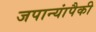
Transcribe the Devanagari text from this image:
जपान्यांपैकी